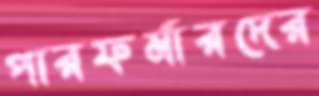
পারফর্মারদের